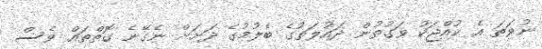
ނުވަތަ އެ ކުއްޖަކު ވަގުތުން ދައުލަތުގެ ބެލުމުގެ ދަށަށް ނެގޭނެ ގޮތްތައް ވެސް